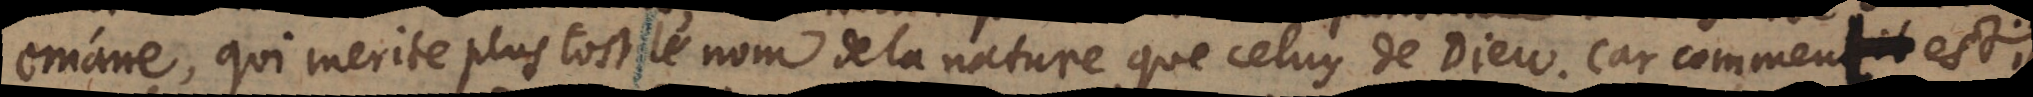
emane, qui merite plus tost le nom de la nature que celuy de Dieu. Car comment est il